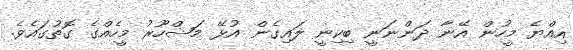
އިއްޔެ މީހުން އޭނާ ދަންނަނީ ބިކިނީ ލައިގެން އުޅޭ މަޝްހޫރު މީހެއްގެ ގޮތުގައެވެ.